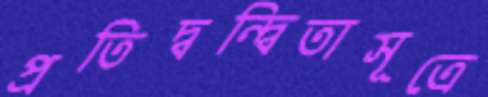
প্রতিদ্বন্দ্বিতাসূত্রে